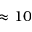
\approx 1 0